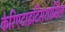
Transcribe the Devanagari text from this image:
केरिएटाइटिसशामिल